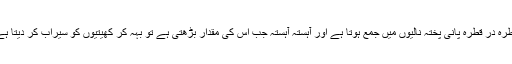
قطرہ در قطرہ پانی پختہ نالیوں میں جمع ہوتا ہے اور آہستہ آہستہ جب اس کی مقدار بڑھتی ہے تو بہہ کر کھیتیوں کو سیراب کر دیتا ہے۔